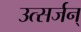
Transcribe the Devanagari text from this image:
उत्सर्जन्